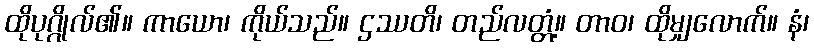
ထိုပုဂ္ဂိုလ်၏။ ကာယော၊ ကိုယ်သည်။ ဌဿတိ၊ တည်လတ္တံ့။ တာဝ၊ ထိုမျှလောက်။ နံ၊